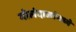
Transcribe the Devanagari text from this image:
गोलंदाजांमध्ये